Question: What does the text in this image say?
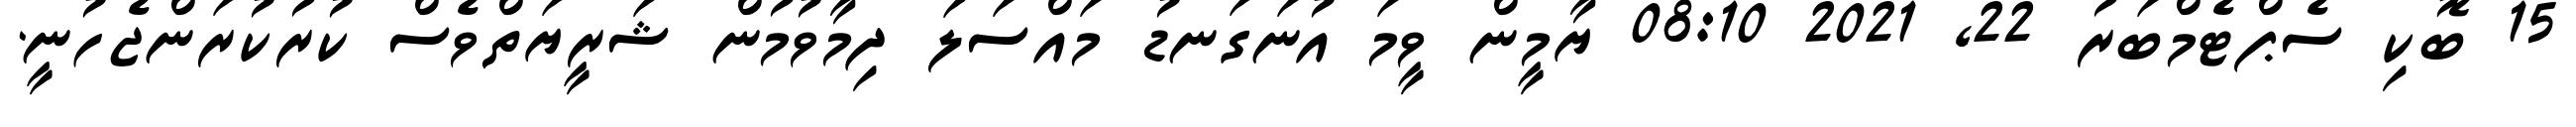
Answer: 15 ބޮކި ސެޕްޓެމްބަރު 22, 2021 08:10 ޔާމީން ވީމަ އުނަގަނޑު މައްސަލަ ދިމާވުމުން ޝަރީޔަތްވެސް ކުރުކުރަންޖެހުނީ.